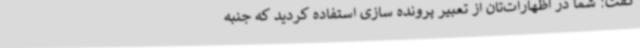
گفت: شما در اظهارات‌تان از تعبیر پرونده سازی استفاده کردید که جنبه